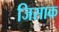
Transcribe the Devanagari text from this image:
जिसाक